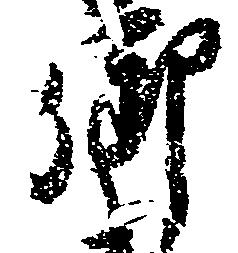
御